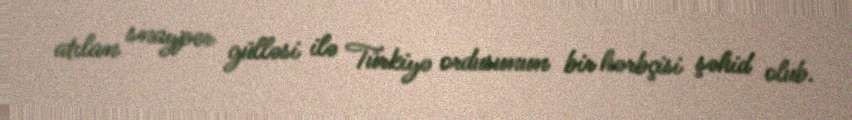
atılan snayper gülləsi ilə Türkiyə ordusunun bir hərbçisi şəhid olub.